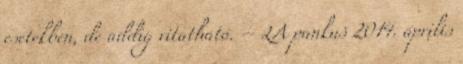
esetekben, de addig vitatható. – LA pankuš 2014. április